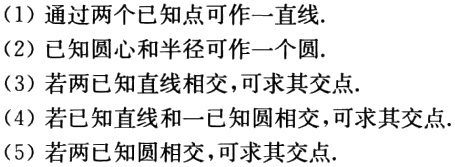
(1) 通过两个已知点可作一直线.
(2) 已知圆心和半径可作一个圆.
(3) 若两已知直线相交,可求其交点.
(4) 若已知直线和一已知圆相交,可求其交点.
(5) 若两已知圆相交,可求其交点.